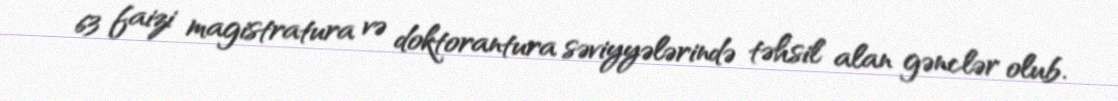
63 faizi magistratura və doktorantura səviyyələrində təhsil alan gənclər olub.